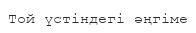
Той үстіндегі әңгіме